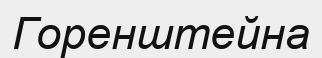
Горенштейна